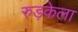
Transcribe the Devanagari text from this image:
रुड़केला